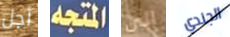
أجل المتجه الى الجندي